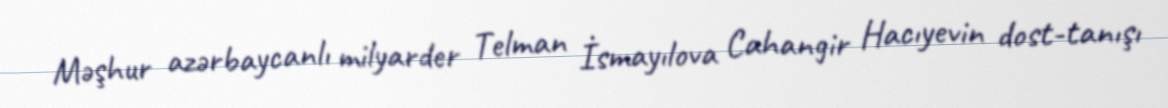
Məşhur azərbaycanlı milyarder Telman İsmayılova Cahangir Hacıyevin dost-tanışı